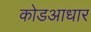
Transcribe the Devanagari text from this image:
कोडआधार